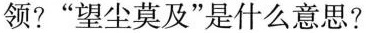
领?”望尘莫及”是什么意思?